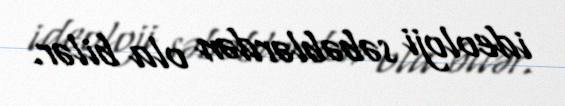
ideoloji səbəblərdən ola bilər.